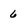
Character: 6